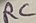
Text: RC